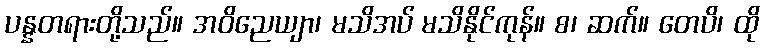
ပန္နတရားတို့သည်။ အဝိညေယျာ၊ မသိအပ် မသိနိုင်ကုန်။ စ၊ ဆက်။ တေပိ၊ ထို